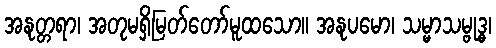
အနုတ္တရာ၊ အတုမရှိမြတ်တော်မူထသော။ အနုပမော၊ သမ္မာသမ္ဗုဒ္ဓ၊